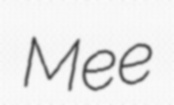
Mee